Civil Veterinary Department Bihar & Orissa reports 1911-21 - 1911-1921
Year: 1911
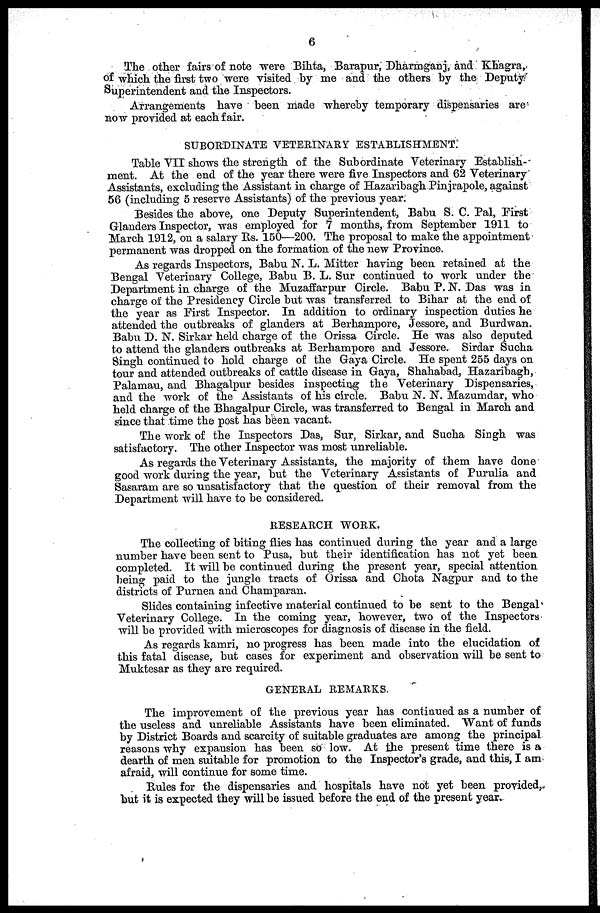
6
The other fairs of note were Bihta, Barapur, Dharmganj, and Khagra,
of which the first two were visited by me and the others by the Deputy
Superintendent and the Inspectors.
Arrangements have been made whereby temporary dispensaries are
now provided at each fair.
SUBORDINATE VETERINARY ESTABLISHMENT.
Table VII shows the strength of the Subordinate Veterinary Establish-
ment. At the end of the year there were five Inspectors and 62 Veterinary
Assistants, excluding the Assistant in charge of Hazaribagh Pinjrapole, against
56 (including 5 reserve Assistants) of the previous year.
Besides the above, one Deputy Superintendent, Babu S. C. Pal, First
Glanders Inspector, was employed for 7 months, from September 1911 to
March 1912, on a salary Rs. 150—200. The proposal to make the appointment
permanent was dropped on the formation of the new Province.
As regards Inspectors, Babu N. L. Mitter having been retained at the
Bengal Veterinary College, Babu B. L. Sur continued to work under the
Department in charge of the Muzaffarpur Circle. Babu P. N. Das was in
charge of the Presidency Circle but was transferred to Bihar at the end of
the year as First Inspector. In addition to ordinary inspection duties he
attended the outbreaks of glanders at Berhampore, Jessore, and Burdwan.
Babu D. N. Sirkar held charge of the Orissa Circle. He was also deputed
to attend the glanders outbreaks at Berhampore and Jessore. Sirdar Sucha
Singh continued to hold charge of the Gaya Circle. He spent 255 days on
tour and attended outbreaks of cattle disease in Gaya, Shahabad, Hazaribagh,
Palamau, and Bhagalpur besides inspecting the Veterinary Dispensaries,
and the work of the Assistants of his circle. Babu N. N. Mazumdar, who
held charge of the Bhagalpur Circle, was transferred to Bengal in March and
since that time the post has been vacant.
The work of the Inspectors Das, Sur, Sirkar, and Sucha Singh was
satisfactory. The other Inspector was most unreliable.
As regards the Veterinary Assistants, the majority of them have done
good work during the year, but the Veterinary Assistants of Purulia and
Sasaram are so unsatisfactory that the question of their removal from the
Department will have to be considered.
RESEARCH WORK.
The collecting of biting flies has continued during the year and a large
number have been sent to Pusa, but their identification has not yet been
completed. It will be continued during the present year, special attention
being paid to the jungle tracts of Orissa and Chota Nagpur and to the
districts of Purnea and Champaran.
Slides containing infective material continued to be sent to the Bengal
Veterinary College. In the coming year, however, two of the Inspectors
will be provided with microscopes for diagnosis of disease in the field.
As regards kamri, no progress has been made into the elucidation of
this fatal disease, but cases for experiment and observation will be sent to
Muktesar as they are required.
GENERAL REMARKS.
The improvement of the previous year has continued as a number of
the useless and unreliable Assistants have been eliminated. Want of funds
by District Boards and scarcity of suitable graduates are among the principal
reasons why expansion has been so low. At the present time there is a
dearth of men suitable for promotion to the Inspector's grade, and this, I am
afraid, will continue for some time.
Rules for the dispensaries and hospitals have not yet been provided,
but it is expected they will be issued before the end of the present year.